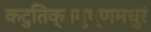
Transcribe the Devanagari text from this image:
कटुतिक्तमुष्णमधुरं